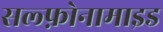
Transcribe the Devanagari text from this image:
सल्‍फ़ोनामाइड